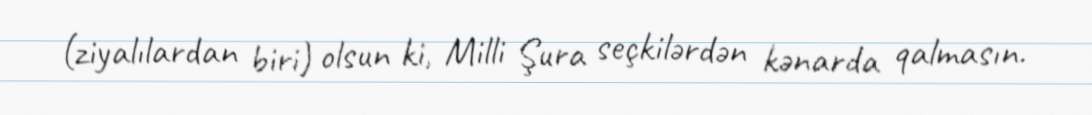
(ziyalılardan biri) olsun ki, Milli Şura seçkilərdən kənarda qalmasın.